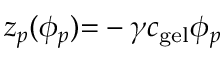
z _ { p } ( \phi _ { p } ) { = } - \gamma c _ { \mathrm { g e l } } \phi _ { p }